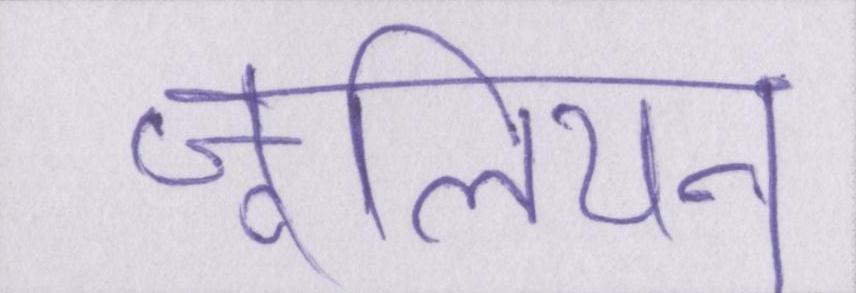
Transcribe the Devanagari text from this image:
जूलियन